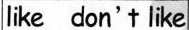
like don't like